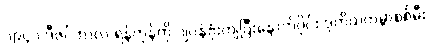
၁၉၄၁ ဒီဇင်ဘာလ ရန်ကုန်ကို ဂျပန်ဗုံးကျပြီးနောက်ပိုင်း ဒုတိယကမ္ဘာစစ်မီး